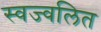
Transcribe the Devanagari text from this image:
स्वज्वलित